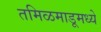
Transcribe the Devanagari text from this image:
तमिळमाडूमध्ये